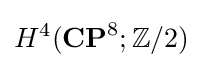
H^{4}(\mathbf {CP} ^{8};\mathbb {Z} /2)